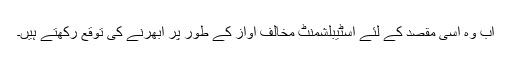
اب وہ اسی مقصد کے لئے اسٹیبلشمنٹ مخالف آواز کے طور پر ابھرنے کی توقع رکھتے ہیں۔